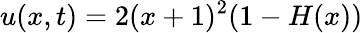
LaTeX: u(x,t)=2(x+1)^{2}(1-H(x))